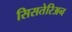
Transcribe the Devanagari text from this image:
सिसतेरिअन